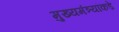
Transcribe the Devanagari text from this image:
मुख्यमंत्र्यांकडे